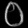
Digit: ၀